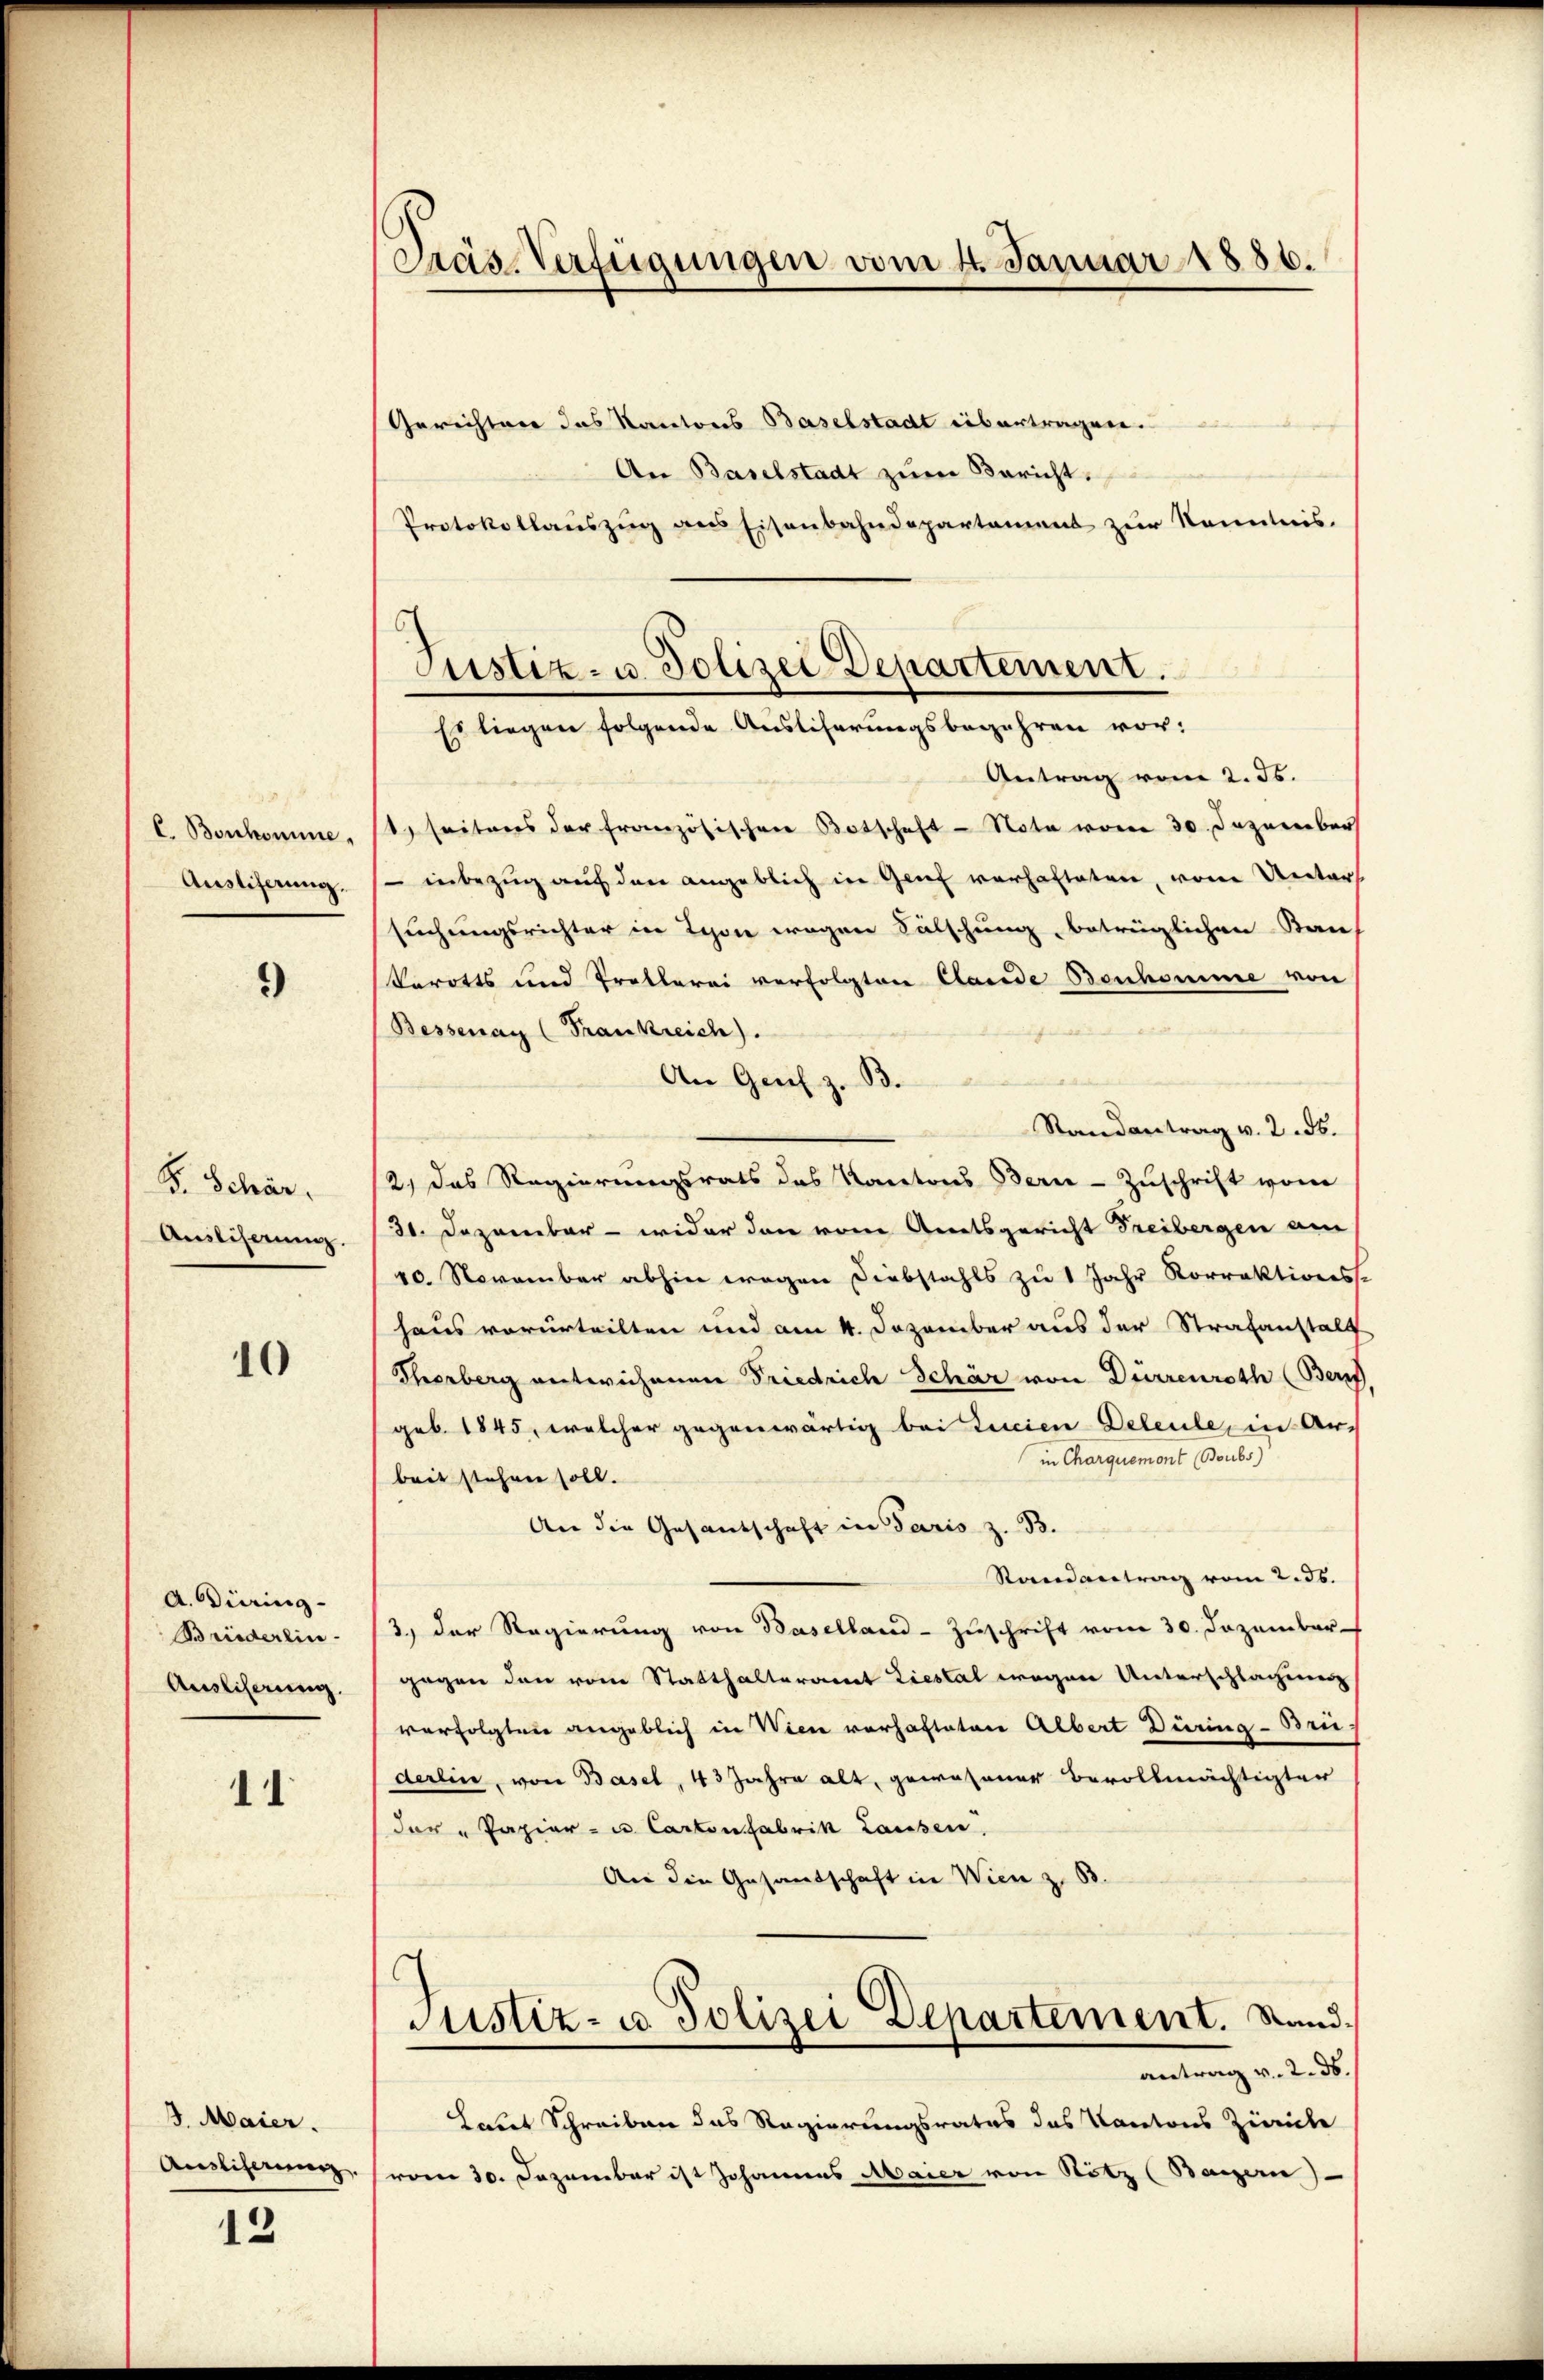
I. Bonkomme.
Ausliferung.

)

F. Schär,
Ausliserung.

10

A. Düring-
Briederlin
Ausliferung.

11

3. Maier.
Ausliserung

12

Träs-Verfügungen vom 4. Januar 1886.

Gerichter das Kantons Baselstadt übertragen.
An Baselstadt zum Bericht.
Protokollauszug aus Eisenbahndepartament zur Kenntnis.
Antrag vom 2. Js.
1) seitens der französischen Botschaft - Note vom 30. Dezember
 inbezug auf den angeblich in Genf verhafteten, von Unters
suchungsrichter in Lyon wegen Sälschung, betrüglichen Stan¬
Warotts und Trottorei verfolgten Clande Bonhomme von
Bessenan (Frankreich).
An Genf z. B.
Randantrag v. 2. ds.
/2, das Regierungsrats des Kantons Bern Zuschrift vom
31. Dezember - wider dann vom Anetsgericht Freibergen am
40. November abhin wegen Diebstahls zu 1 Jahr Korrektions.
haus vorurteilten und am 4. Dezember aus der Strafanstalt
Therberg entwichenen Friedrich Schär von Dürrenroth (Beruf
geb. 1845, welcher gegenwärtig bei Tacien Deleule, in Ar-
in Charquemont (Boubs)
beit stehen soll.
An die Gesandschaft in Paris z. B.
Randantrag vom 2. Js.
3.) Der Regierung von Baselland - Zuschrift vom 30. Dezember
gegen den vom Statthalteramt Liestal wegen Unterschlagung
verfolgten angeblich in Wien vorhafteten Albert Düring - Brü
derlin, von Basel, 43 Jahre alt, gewesener Bevollmächtigter
(der " Papier- u. Cartonfabrik Hausen.
An die Gesandschaft in Wien z. B.
C
Justiz- u. Polizei Departement. Sandetrag v. 2. d.
Laut Schreiben das Regierungsrates das Kantons Zürich
(vom 30. Dezember ist Johannes Maier von Notz (Bayern)

Justiz- u. Polizei Departement.
Es liegen folgende Auslicherungsbegehren vor: